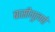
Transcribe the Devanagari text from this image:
बासीगुलपो